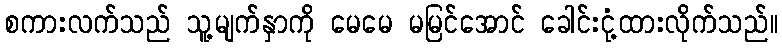
စကားလက်သည် သူ့မျက်နှာကို မေမေ မမြင်အောင် ခေါင်းငုံ့ထားလိုက်သည်။